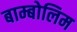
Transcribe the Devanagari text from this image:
बाम्बोलिम